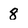
Character: 8